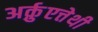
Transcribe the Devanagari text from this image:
अर्क़ुएत्तेथी